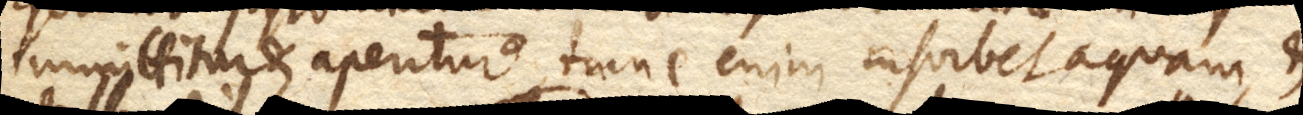
immittitur et aperitur tunc enim insorbet aquam, et